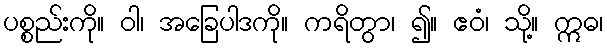
ပစ္စည်းကို။ ဝါ၊ အခြေပါဒကို။ ကရိတွာ၊ ၍။ ဧဝံ၊ သို့။ ဣဓ၊